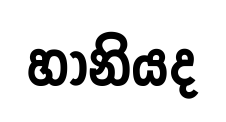
හානියද